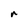
Character: r